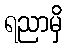
ရညာမှိ